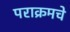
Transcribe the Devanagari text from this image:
पराक्रमचे